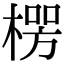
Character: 𪳏